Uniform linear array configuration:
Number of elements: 12
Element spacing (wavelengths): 0.75
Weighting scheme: kaiser
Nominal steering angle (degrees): -60
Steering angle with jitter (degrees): -58.568
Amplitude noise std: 0.05
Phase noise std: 0.05

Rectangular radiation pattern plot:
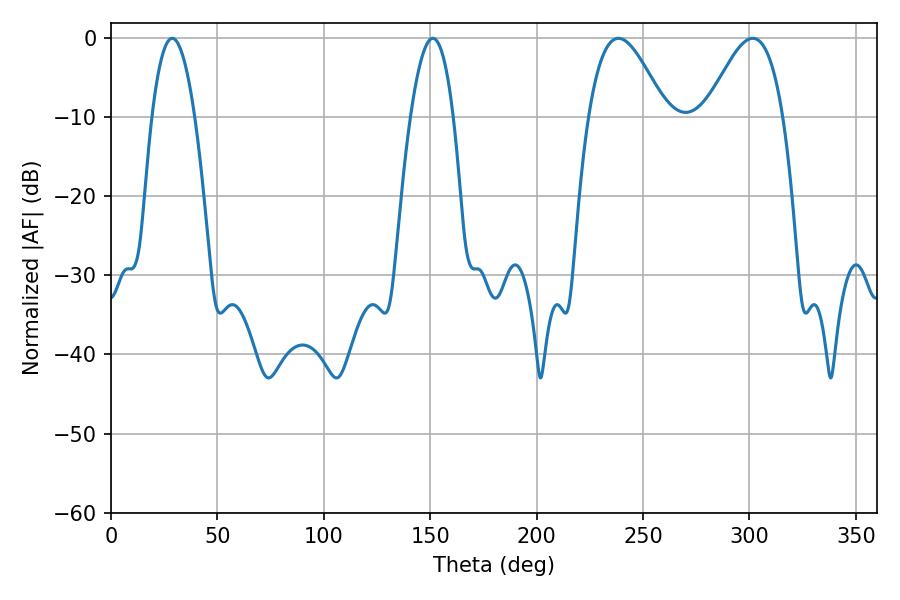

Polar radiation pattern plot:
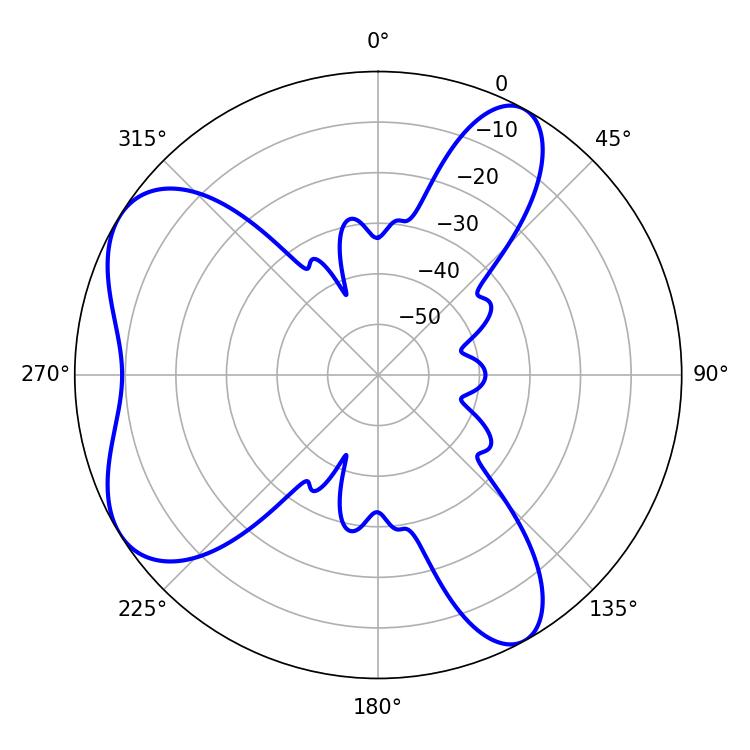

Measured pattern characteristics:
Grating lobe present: TRUE
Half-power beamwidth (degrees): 10.98
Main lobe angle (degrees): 28.8